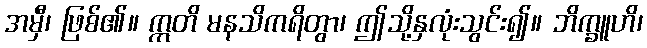
အမှီ၊ ဖြစ်၏။ ဣတိ မနသိကရိတွာ၊ ဤသို့နှလုံးသွင်း၍။ ဘိက္ခူဟိ၊